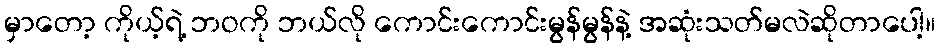
မှာတော့ ကိုယ့်ရဲ့ ဘဝကို ဘယ်လို ကောင်းကောင်းမွန်မွန်နဲ့ အဆုံးသတ်မလဲဆိုတာပေါ့။